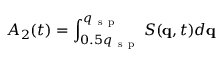
A _ { 2 } ( t ) = \int _ { 0 . 5 q _ { \mathrm { ~ s ~ p ~ } } } ^ { q _ { \mathrm { ~ s ~ p ~ } } } { S ( \mathbf { q } , t ) d \mathbf { q } }